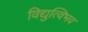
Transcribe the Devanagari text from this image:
विद्युत्विभव